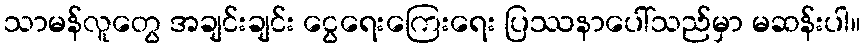
သာမန်လူတွေ အချင်းချင်း ငွေရေးကြေးရေး ပြဿနာပေါ်သည်မှာ မဆန်းပါ။